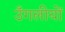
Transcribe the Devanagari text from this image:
उँगलीयों